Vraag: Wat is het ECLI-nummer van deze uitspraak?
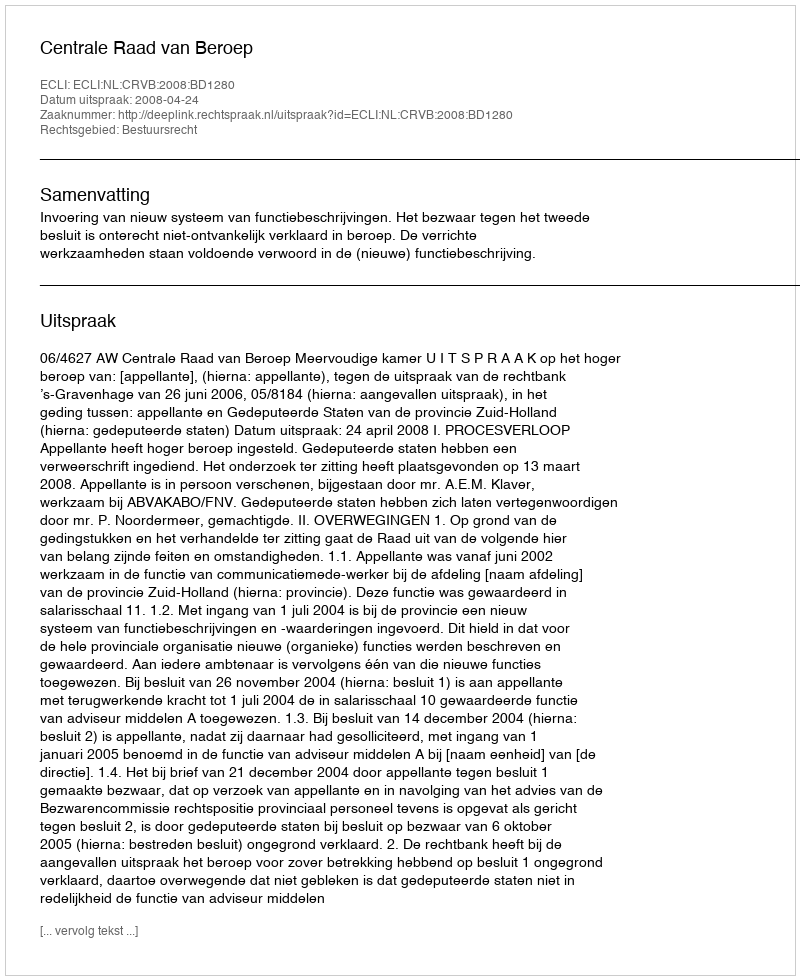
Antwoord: ECLI:NL:CRVB:2008:BD1280